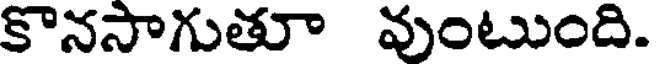
కొనసాగుతూ వుంటుంది.